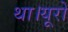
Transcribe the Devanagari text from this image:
था।यूरो